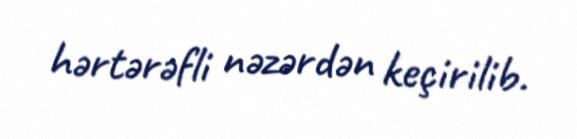
hərtərəfli nəzərdən keçirilib.